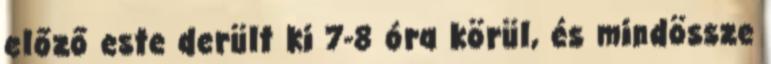
előző este derült ki 7-8 óra körül, és mindössze